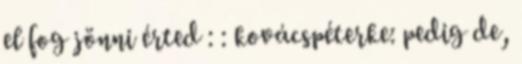
el fog jönni érted : : kovácspéterke: pedig de,